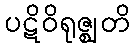
ပဋိဝိရုဇ္ဈတိ